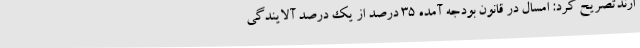
ارندتصریح کرد: امسال در قانون بودجه آمده 35 درصد از یک درصد آلایندگی